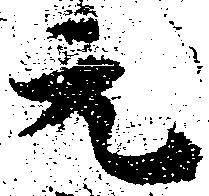
元